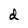
Character: d